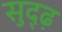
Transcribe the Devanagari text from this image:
सुद्ढ़